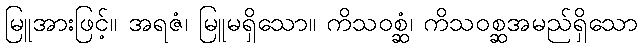
မြူအားဖြင့်။ အရဇံ၊ မြူမရှိသော။ ကိသဝစ္ဆံ၊ ကိသဝစ္ဆအမည်ရှိသော